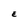
Character: E